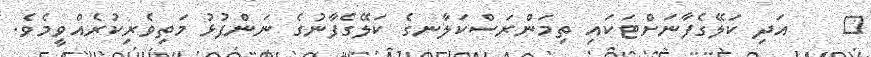
٤    އަދި ކަލޭގެފާނަށްޓަކައި ތިމަންރަސްކަލާނގެ ކަލޭގެފާނުގެ ނަންފުޅު މަތިވެރިކުރެއްވީމެވެ.